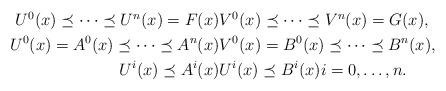
LaTeX: \begin{align*}\begin{aligned}U^0(x) \preceq \cdots \preceq U^n(x)=F(x)& V^0(x) \preceq \cdots \preceq V^n(x) =G(x), \\U^0(x) = A^0 (x) \preceq \cdots \preceq A^n(x)& V^0(x) = B^0(x) \preceq \cdots \preceq B^n(x), \\ U^i(x) \preceq A^i(x)& U^i(x) \preceq B^i(x) i = 0, \ldots, n.\end{aligned}\end{align*}